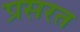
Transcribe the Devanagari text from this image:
प्रसरत